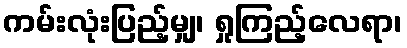
ကမ်းလုံးပြည့်မျှ၊ ရှုကြည့်လေရာ၊